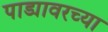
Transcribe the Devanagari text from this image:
पाड्यावरच्या